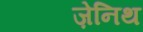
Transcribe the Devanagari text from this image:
ज़ेनिथ